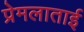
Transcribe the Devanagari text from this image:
प्रेमलाताई